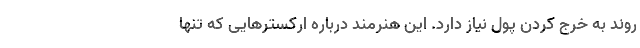
روند به خرج کردن پول نیاز دارد. این هنرمند درباره ارکسترهایی که تنها